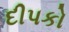
દીપકો